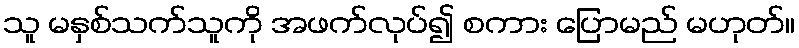
သူ မနှစ်သက်သူကို အဖက်လုပ်၍ စကား ပြောမည် မဟုတ်။